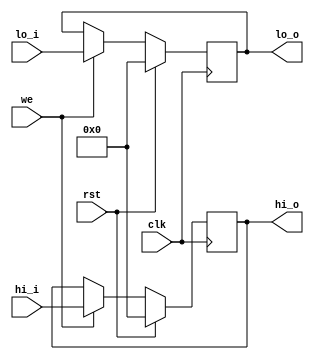
`timescale 1ns / 1ps
//////////////////////////////////////////////////////////////////////////////////
// Company: 
// Engineer: 
// 
// Design Name: 
// Module Name: hilo_reg
// Project Name: 
// Target Devices: 
// Tool Versions: 
// Description: 
// 
// Dependencies: 
// 
// Revision:
// Revision 0.01 - File Created
// Additional Comments:
// 
//////////////////////////////////////////////////////////////////////////////////


module hilo_reg(
	input wire clk,rst,we,
	input wire[31:0] hi_i,lo_i,
	output reg[31:0] hi_o,lo_o
    );
	
	always @(negedge clk) begin
		if(rst) begin
			hi_o <= 32'h0000_0000;
			lo_o <= 32'h0000_0000;
		end else if (we) begin
			hi_o <= hi_i;
			lo_o <= lo_i;
		end
	end
endmodule